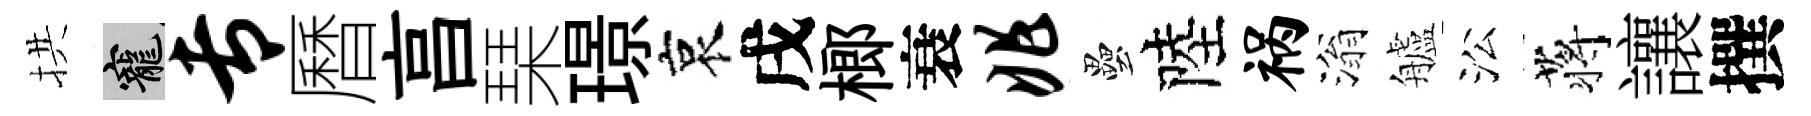
拱寵专曆亯琹璟哀戌榔衰兆壘陸祸滃艫㳂蒋讓撰